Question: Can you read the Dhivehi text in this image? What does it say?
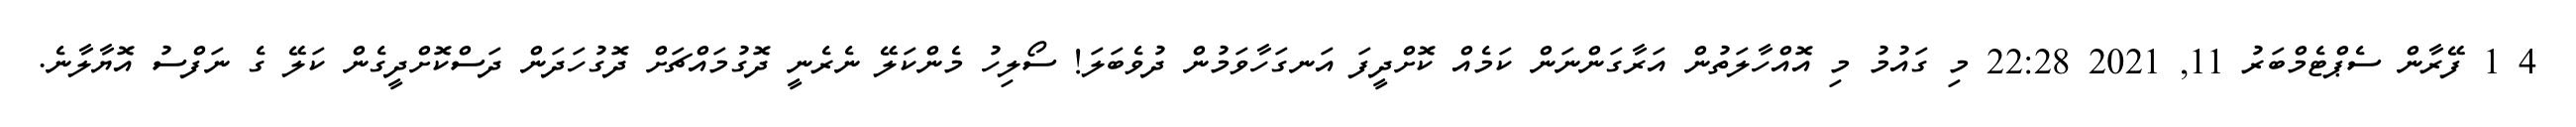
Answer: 4 1 ފޭރާން ސެޕްޓެމްބަރު 11, 2021 22:28 މި ގައުމު މި އޮއްހާލަތުން އަރާގަންނަން ކަމެއް ކޮށްދީފަ އަނގަހާވަމުން ދުވެބަލަ! ސޯލިހު މެންކަލޭ ނެރެނީ ދޮގުމައްޗަށް ދޮގުހަދަން ދަސްކޮށްދީގެން ކަލޭ ގެ ނަފްސު އޮޔާލާނެ.